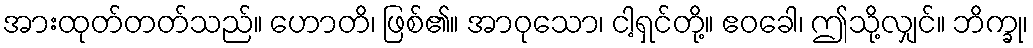
အားထုတ်တတ်သည်။ ဟောတိ၊ ဖြစ်၏။ အာဝုသော၊ ငါ့ရှင်တို့။ ဧဝခေါ၊ ဤသို့လျှင်။ ဘိက္ခု၊